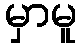
မှာမူ